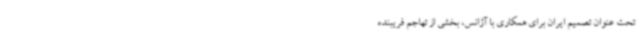
تحت عنوان تصمیم ایران برای همکاری با آژانس، بخشی از تهاجم فریبنده